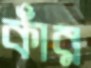
কাঁর